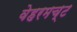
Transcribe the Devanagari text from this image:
वेहरमच्ट